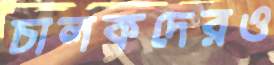
চালকদেরও